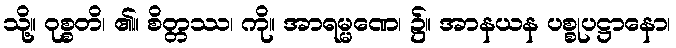
သို့။ ဝုစ္စတိ၊ ၏။ စိတ္တဿ၊ ကို။ အာရမ္မဏေ၊ ၌။ အာနယန ပစ္စုပဋ္ဌာနော၊